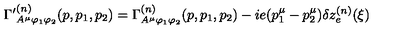
{ \Gamma ^ { \prime } } _ { A ^ { \mu } \varphi _ { 1 } \varphi _ { 2 } } ^ { ( n ) } ( p , p _ { 1 } , p _ { 2 } ) = \Gamma _ { A ^ { \mu } \varphi _ { 1 } \varphi _ { 2 } } ^ { ( n ) } ( p , p _ { 1 } , p _ { 2 } ) - i e ( p _ { 1 } ^ { \mu } - p _ { 2 } ^ { \mu } ) \delta z _ { e } ^ { ( n ) } ( \xi )